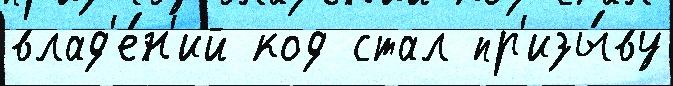
влад'е́н'ий код стал пр'изы́ву